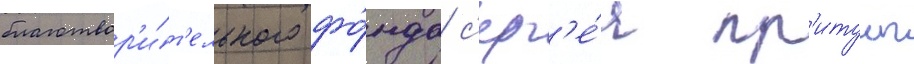
благотвор'и́т'ельного фо́нда с'ерг'е́я пр'итулы